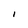
Character: l